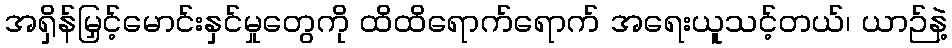
အရှိန်မြှင့်မောင်းနှင်မှုတွေကို ထိထိရောက်ရောက် အရေးယူသင့်တယ်၊ ယာဉ်နဲ့